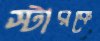
স্টারকে